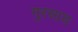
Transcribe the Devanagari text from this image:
गुरसाय